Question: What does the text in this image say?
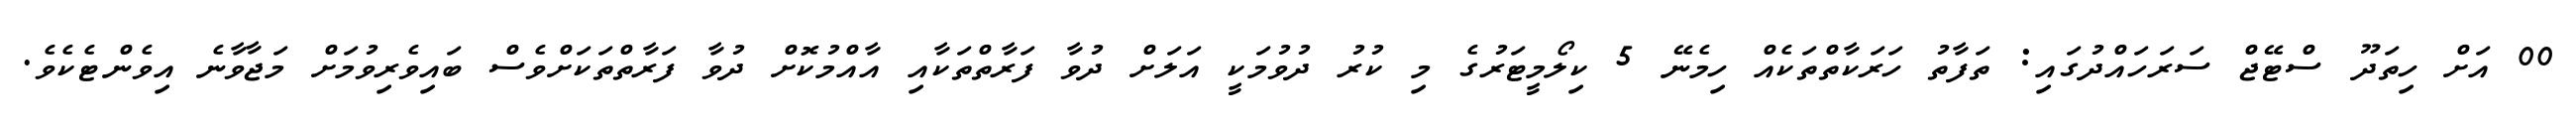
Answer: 00 އަށް ހިތަދޫ ސްޓޭޖް ސަރަހައްދުގައި: ތަފާތު ހަރަކާތްތަކެއް ހިމެނޭ 5 ކިލޯމީޓަރުގެ މި ކުރު ދުވުމަކީ އަލަށް ދުވާ ފަރާތްތަކާއި އާއްމުކޮށް ދުވާ ފަރާތްތަކަށްވެސް ބައިވެރިވުމަށް މަޖާވާނެ އިވެންޓެކެވެ.